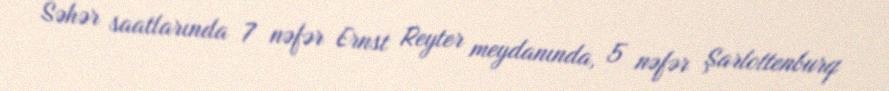
Səhər saatlarında 7 nəfər Ernst Reyter meydanında, 5 nəfər Şarlottenburq